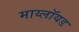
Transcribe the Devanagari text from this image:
माय्लॉयड